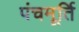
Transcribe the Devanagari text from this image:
पंचमूर्ति